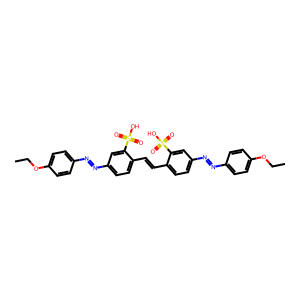
SMILES: CCOc1ccc(N=Nc2ccc(C=Cc3ccc(N=Nc4ccc(OCC)cc4)cc3S(=O)(=O)O)c(S(=O)(=O)O)c2)cc1
Inhibits HIV replication: Yes